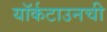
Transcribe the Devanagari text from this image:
यॉर्कटाउनची